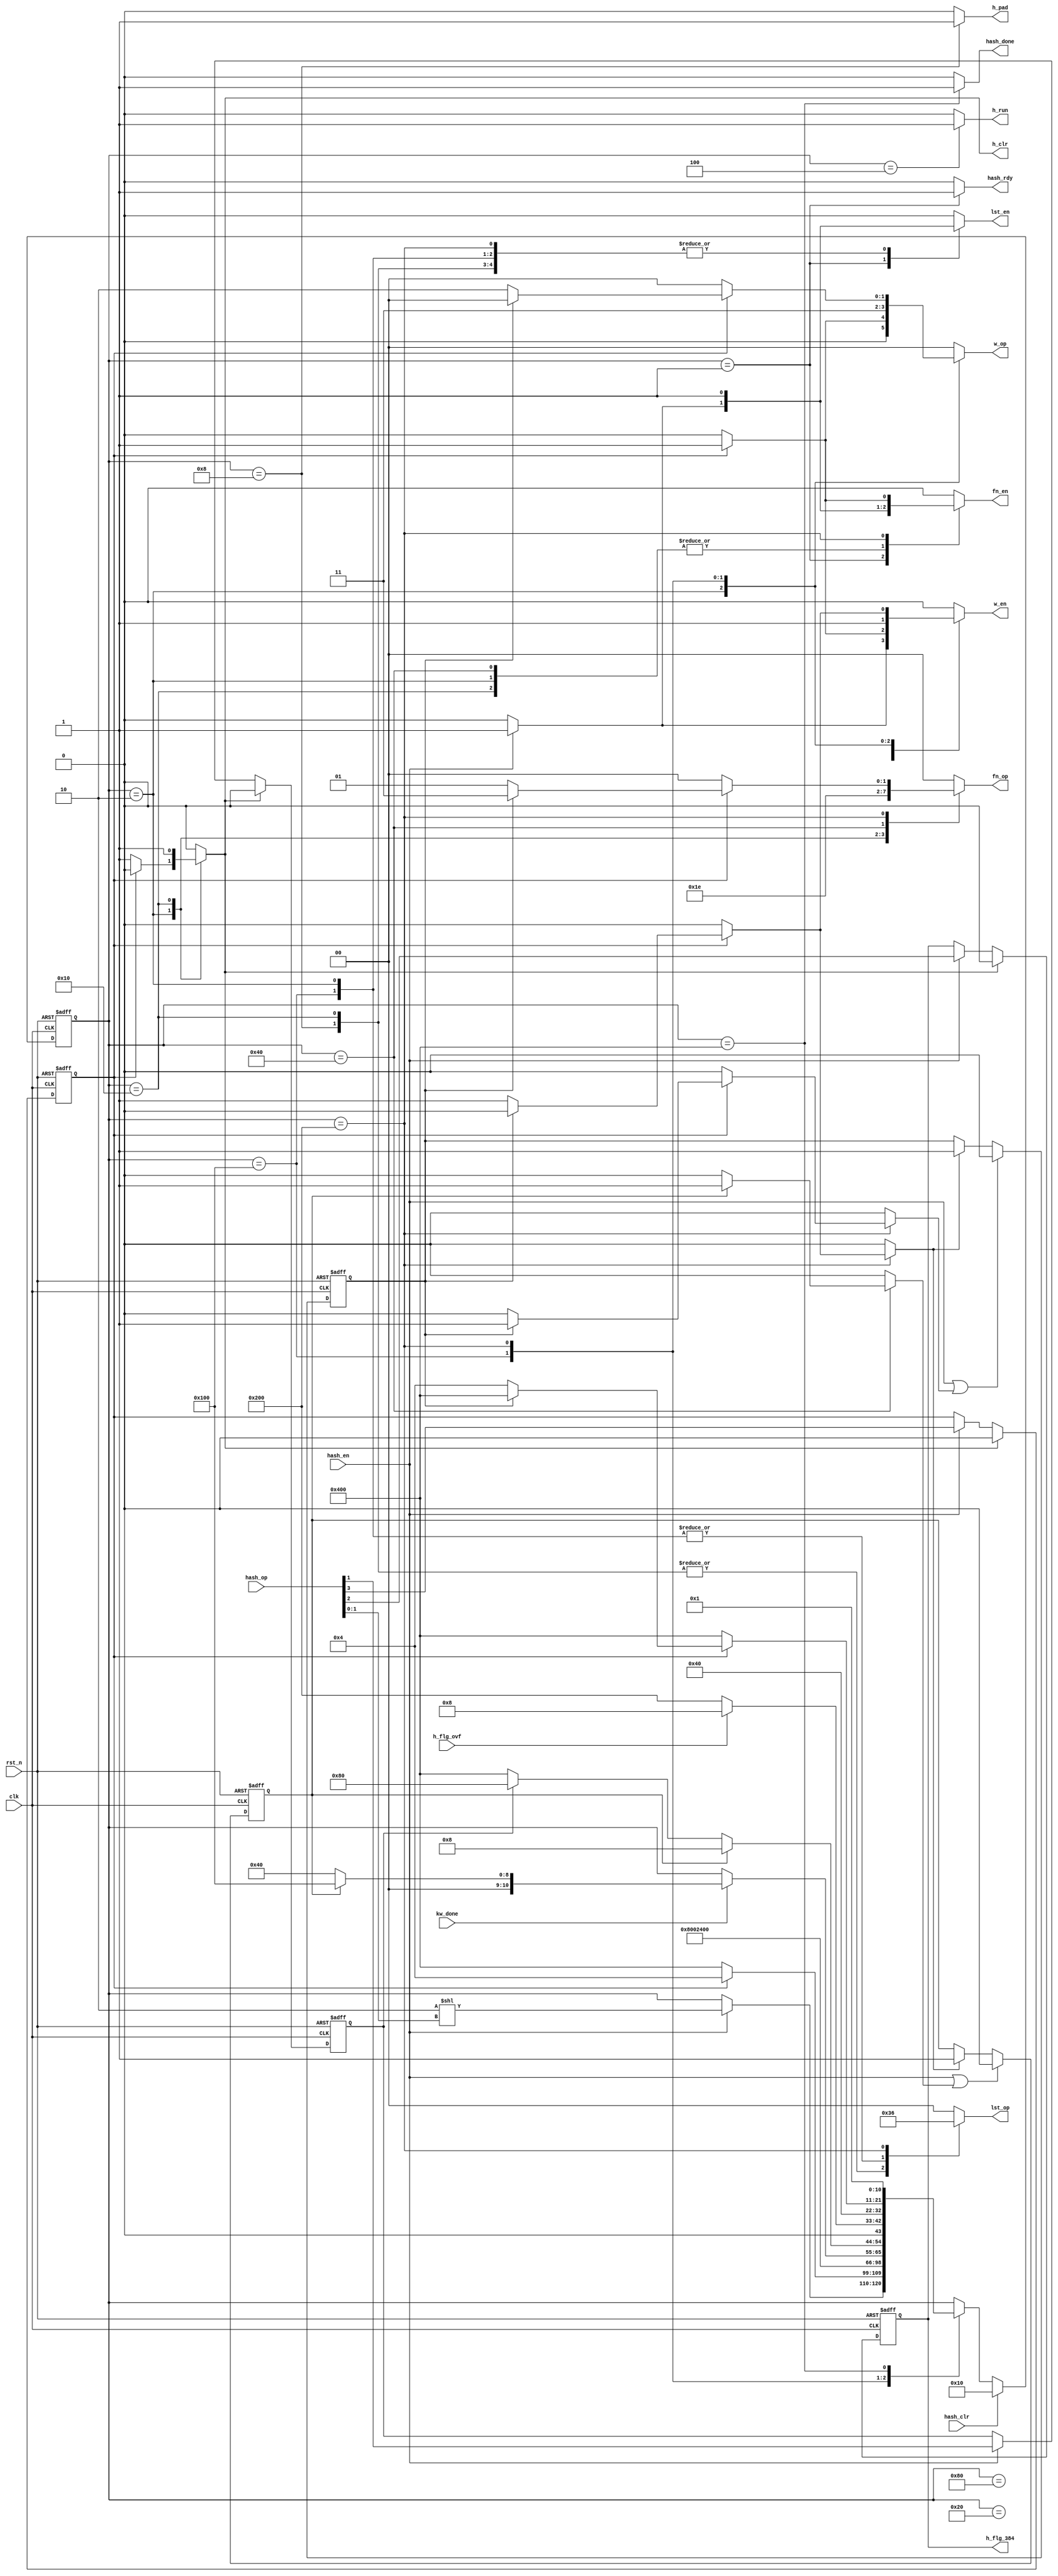
module hash_cu (/*AUTOARG*/
   // Outputs
   hash_rdy, hash_done, h_clr, h_pad, h_run, w_op, w_en, fn_op, fn_en, lst_op,
   lst_en, h_flg_384,
   // Inputs
   clk, rst_n, hash_op, hash_en, hash_clr, kw_done, h_flg_ovf
   ) ;
   // System Input
   input          clk, rst_n;
   // CU
   input [3:0]    hash_op;
   input          hash_en;
   input          hash_clr;
   output         hash_rdy;
   output         hash_done;

   input          kw_done;
   input          h_flg_ovf;

   output         h_clr;
   output         h_pad;
   output         h_run;

   output [1:0]   w_op;
   output         w_en;
   output [1:0]   fn_op;
   output         fn_en;
   output [1:0]   lst_op;
   output         lst_en;

   output         h_flg_384;

   /* OUTPUT Type */
   reg            hash_rdy;
   reg            h_clr;
   reg            h_pad;
   reg            h_run;
   reg [1:0]      w_op, fn_op, lst_op;
   reg            w_en, fn_en, lst_en;
   reg            h_flg_384;
   reg            h_flg_mac;
   reg            h_flg_lst;
   reg            hash_done;

   /* Internal Register */
   // Operation Flag
   always @ (posedge clk or negedge rst_n) begin
      if(!rst_n) begin
         h_flg_mac <= 1'b0;
         h_flg_384 <= 1'b0;
         h_flg_lst <= 1'b0;
      end else begin
         if(h_clr) begin
            h_flg_mac <= 1'b0;
            h_flg_384 <= 1'b0;
            h_flg_lst <= 1'b0;
         end else if (hash_en) begin
            h_flg_mac <= hash_op[3];
            h_flg_384 <= hash_op[2];
            h_flg_lst <= hash_op[1];
         end
      end
   end

   // Last Flag
   reg            flg_lst;
   reg            flg_lst_up;
   reg            flg_lst_down;
   always @ (posedge clk or negedge rst_n) begin
      if(!rst_n) begin
         flg_lst <= 1'b0;
      end else begin
         if(hash_en | flg_lst_down) begin
            flg_lst <= 1'b0;
         end else if(flg_lst_up) begin
            flg_lst <= 1'b1;
         end
      end
   end

   // Opad Flag
   reg   flg_opad;
   reg   flg_opad_up;
   reg   flg_opad_down;
   always @ (posedge clk or negedge rst_n) begin
      if(!rst_n) begin
         flg_opad <= 1'b0;
      end else begin
         if(hash_en | flg_opad_down) begin
            flg_opad <= 1'b0;
         end else if(flg_opad_up) begin
            flg_opad <= 1'b1;
         end
      end
   end

   localparam IDLE     = 11'b00000000001;
   localparam INIT     = 11'b00000000010;
   localparam RUN      = 11'b00000000100;
   localparam PAD      = 11'b00000001000;
   localparam CLR      = 11'b00000010000;
   localparam BUSY     = 11'b00000100000;
   localparam HNXT     = 11'b00001000000;
   localparam RCHK     = 11'b00010000000;
   localparam OPAD     = 11'b00100000000;
   localparam HOUT     = 11'b01000000000;
   localparam DONE     = 11'b10000000000;



   /* State Transition */
   reg   [10:0] state, state_nxt;

   always @ (posedge clk or negedge rst_n) begin
      if(!rst_n) begin
         state <= IDLE;
      end else begin
         if(hash_clr) begin
            state <= CLR;
         end else begin
            state <= state_nxt;
         end
      end
   end


   always @ (*) begin
      state_nxt     = state;
      hash_rdy      = 0;
      h_clr         = 0;
      h_pad         = 0;
      h_run         = 0;
      w_en          = 0;
      w_op          = 2'b00;
      fn_en         = 0;
      fn_op         = 2'b00;
      lst_en        = 0;
      lst_op        = 2'b00;
      hash_done     = 0;
      flg_opad_up   = 0;
      flg_opad_down = 0;
      flg_lst_up    = 0;
      flg_lst_down  = 0;
      case (state)
        IDLE     : begin
           hash_rdy     = 1;
           if(hash_en) begin
              w_en      = 1;
              lst_en    = 1;
              fn_en     = 1;
              state_nxt = (INIT << hash_op[1:0]);
           end
        end
        INIT     : begin
           fn_op  = 2'b01;
           fn_en  = 1;
           lst_op = 2'b01;
           lst_en = 1;
           if(h_flg_mac) begin
              w_op      = 2'b01;
              w_en      = 1;
              state_nxt = RUN;
           end else begin
              h_clr = 1;
              state_nxt = DONE;
           end
        end
        RUN       : begin
           h_run         = 1;
           state_nxt     = BUSY;
        end
        PAD      : begin
           h_pad         = 1;
           lst_op        = 2'b11;
           lst_en        = 1;
           state_nxt     = RUN;
        end
        CLR      : begin
           fn_op         = 2'b11;
           fn_en         = 1;
           lst_op        = 2'b11;
           lst_en        = 1;
           h_clr         = 1;
           state_nxt     = DONE;
        end
        BUSY     : begin
           if(kw_done) begin
              if(flg_opad) begin
                 state_nxt     = OPAD;
              end else begin
                 state_nxt     = HNXT;
              end
           end
        end
        HNXT     : begin
           fn_op         = 2'b10;
           fn_en         = 1;
           if(flg_opad) begin
              state_nxt     = PAD;
              flg_opad_down = 1;
           end else if(h_flg_lst) begin
              state_nxt     = RCHK;
           end else begin
              state_nxt     = DONE;
           end
        end
        RCHK     : begin
           if(h_flg_ovf) begin
              state_nxt = PAD;
           end else begin
              state_nxt = HOUT;
           end
        end
        OPAD     : begin
           lst_op      = 2'b01;
           lst_en      = 1;
           w_op        = 2'b11;
           w_en        = 1;
           state_nxt   = HNXT;
        end
        HOUT     : begin
           lst_en         = 1;
           lst_op         = 2'b10;
           if(h_flg_mac) begin
              fn_en       = 1;
              if(flg_lst) begin
                 fn_op         = 2'b11;
                 state_nxt     = DONE;
                 flg_lst_down  = 1;
              end else begin
                 fn_op       = 2'b01;
                 w_op          = 2'b10;
                 w_en          = 1;
                 state_nxt     = RUN;
                 flg_lst_up    = 1;
                 flg_opad_up   = 1;
              end
           end else begin
              state_nxt     = DONE;
           end
        end
        DONE     : begin
           hash_done = 1;
           state_nxt = IDLE;
        end
      endcase // case (state)
   end
endmodule // hash_cu